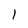
Character: 1